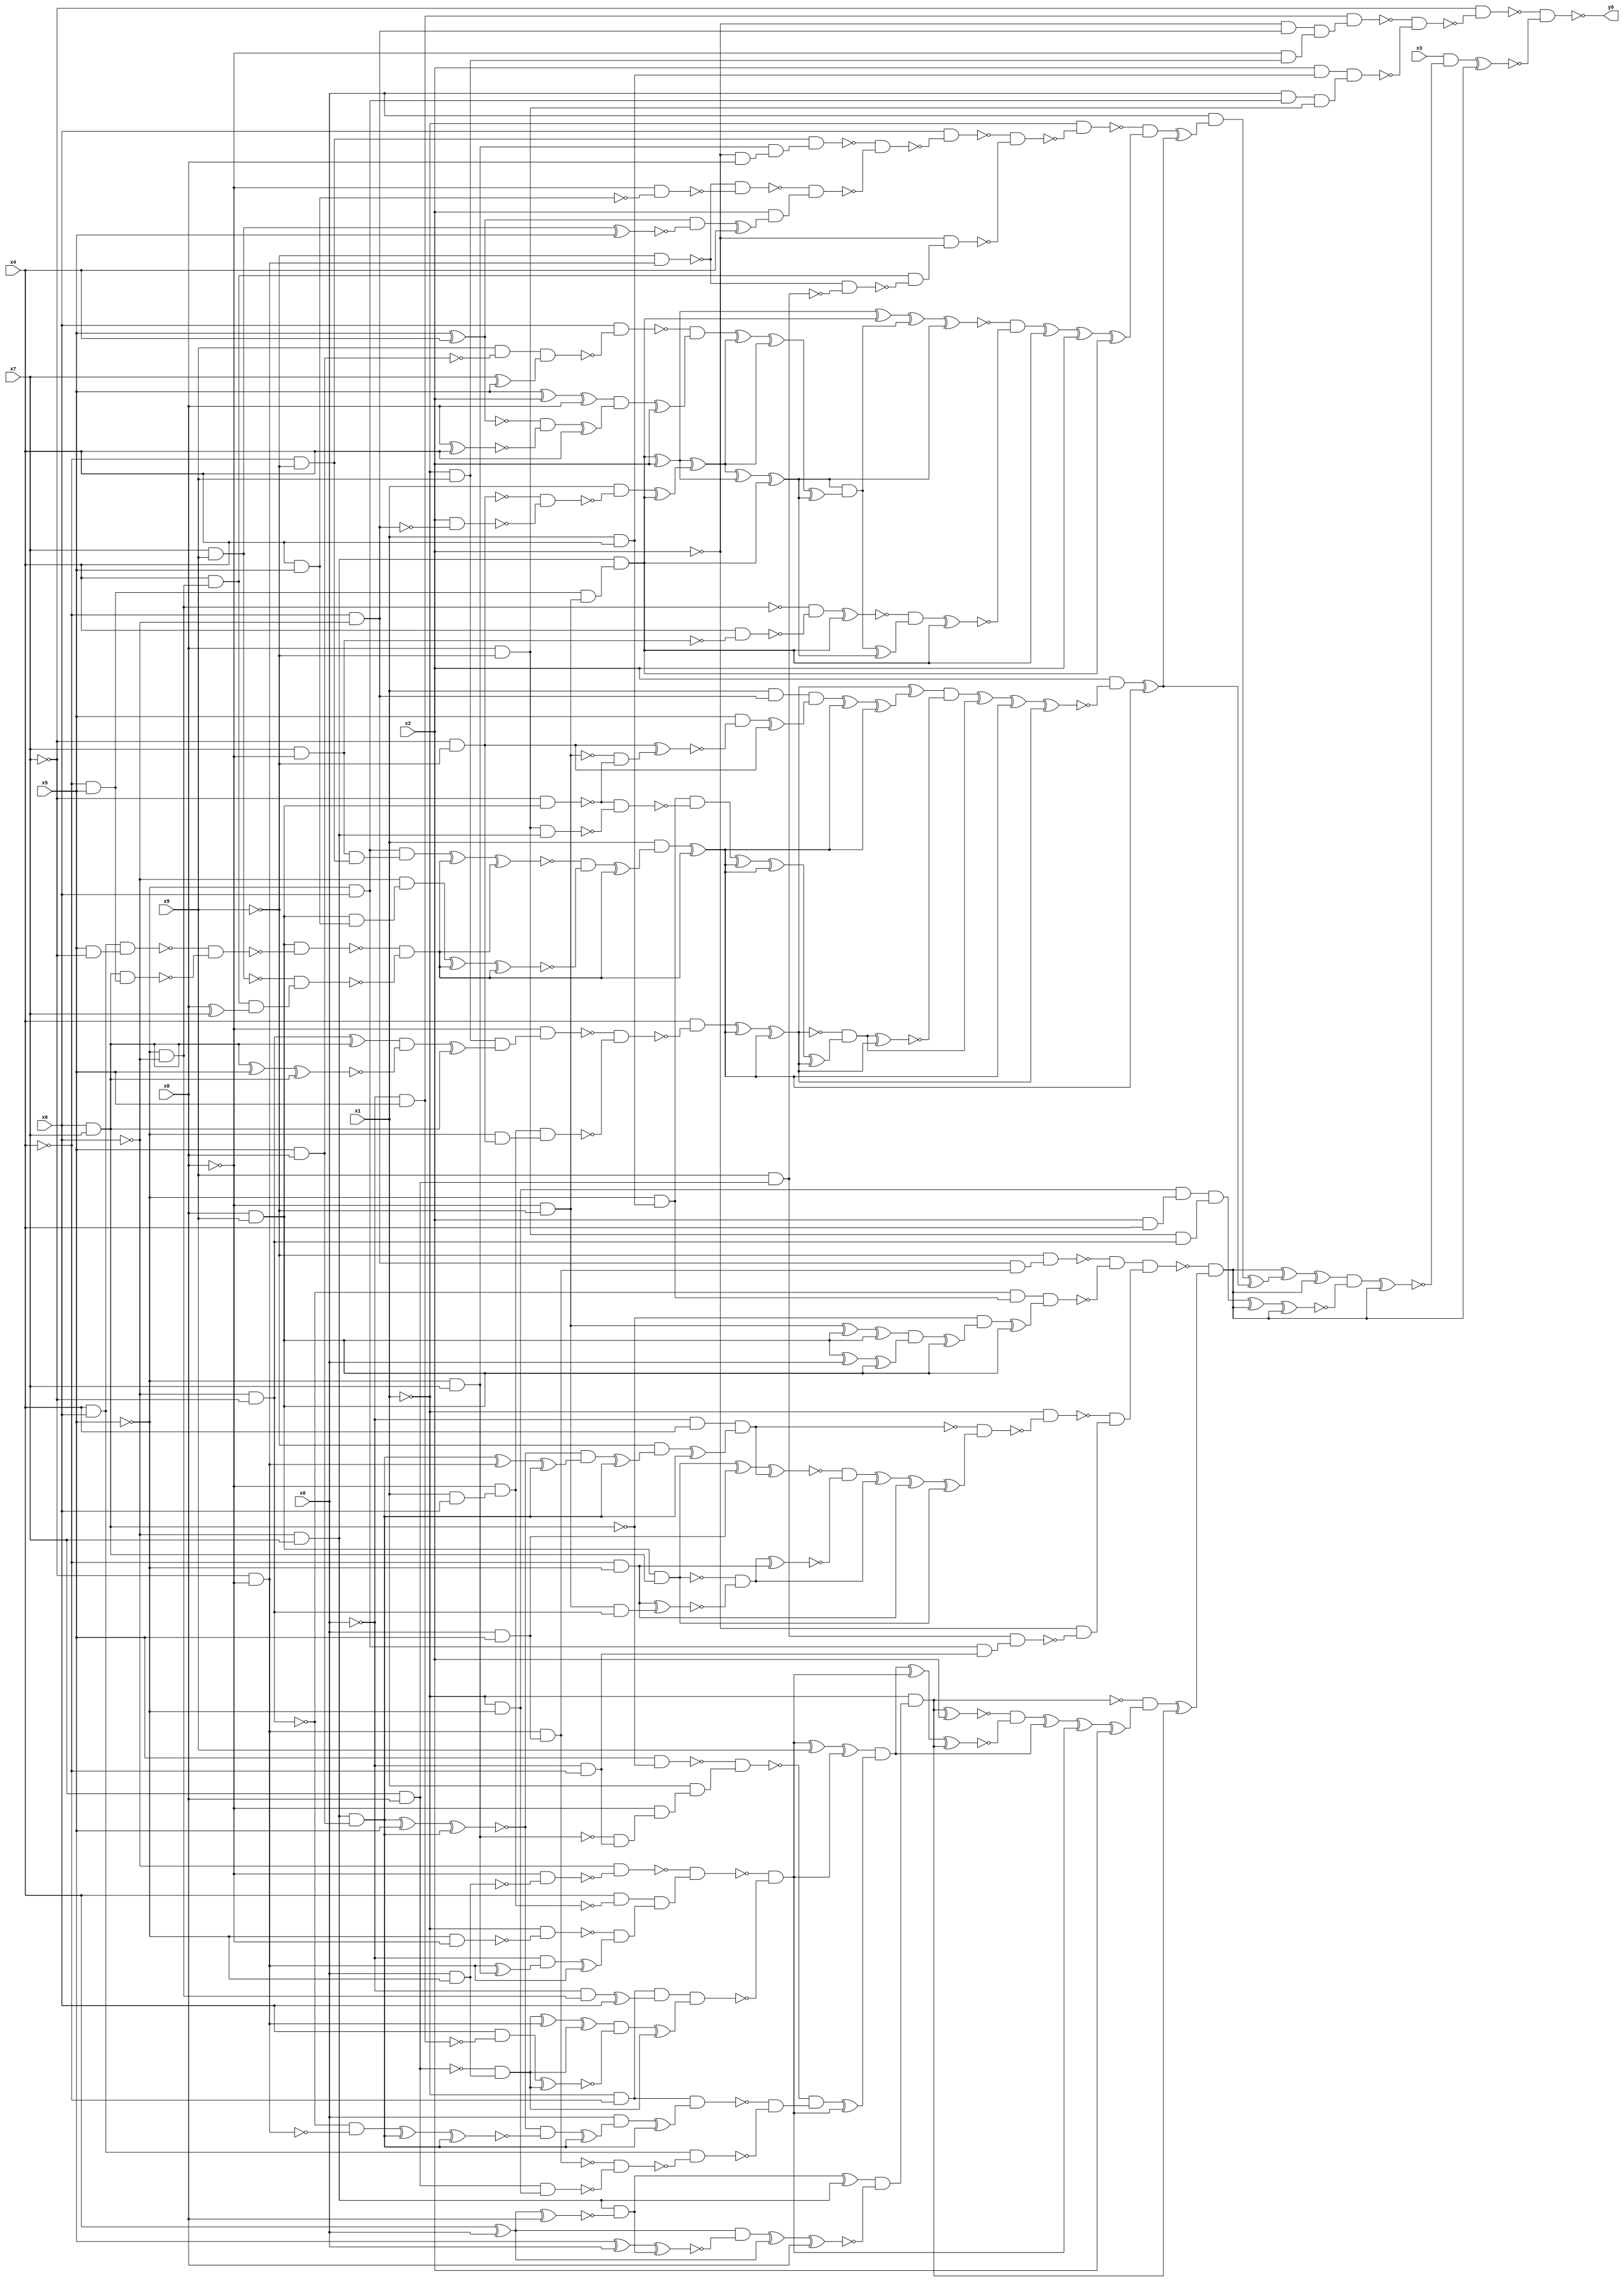
module top( x0 , x1 , x2 , x3 , x4 , x5 , x6 , x7 , x8 , x9 , y0 );
  input x0 , x1 , x2 , x3 , x4 , x5 , x6 , x7 , x8 , x9 ;
  output y0 ;
  wire n11 , n12 , n13 , n14 , n15 , n16 , n17 , n18 , n19 , n20 , n21 , n22 , n23 , n24 , n25 , n26 , n27 , n28 , n29 , n30 , n31 , n32 , n33 , n34 , n35 , n36 , n37 , n38 , n39 , n40 , n41 , n42 , n43 , n44 , n45 , n46 , n47 , n48 , n49 , n50 , n51 , n52 , n53 , n54 , n55 , n56 , n57 , n58 , n59 , n60 , n61 , n62 , n63 , n64 , n65 , n66 , n67 , n68 , n69 , n70 , n71 , n72 , n73 , n74 , n75 , n76 , n77 , n78 , n79 , n80 , n81 , n82 , n83 , n84 , n85 , n86 , n87 , n88 , n89 , n90 , n91 , n92 , n93 , n94 , n95 , n96 , n97 , n98 , n99 , n100 , n101 , n102 , n103 , n104 , n105 , n106 , n107 , n108 , n109 , n110 , n111 , n112 , n113 , n114 , n115 , n116 , n117 , n118 , n119 , n120 , n121 , n122 , n123 , n124 , n125 , n126 , n127 , n128 , n129 , n130 , n131 , n132 , n133 , n134 , n135 , n136 , n137 , n138 , n139 , n140 , n141 , n142 , n143 , n144 , n145 , n146 , n147 , n148 , n149 , n150 , n151 , n152 , n153 , n154 , n155 , n156 , n157 , n158 , n159 , n160 , n161 , n162 , n163 , n164 , n165 , n166 , n167 , n168 , n169 , n170 , n171 , n172 , n173 , n174 , n175 , n176 , n177 , n178 , n179 , n180 , n181 , n182 , n183 , n184 , n185 , n186 , n187 , n188 , n189 , n190 , n191 , n192 , n193 , n194 , n195 , n196 , n197 , n198 , n199 , n200 , n201 , n202 , n203 , n204 , n205 , n206 , n207 , n208 , n209 , n210 , n211 , n212 , n213 , n214 , n215 , n216 , n217 , n218 , n219 , n220 , n221 , n222 , n223 , n224 , n225 , n226 , n227 , n228 , n229 , n230 , n231 , n232 , n233 , n234 , n235 , n236 , n237 , n238 , n239 , n240 , n241 , n242 , n243 , n244 , n245 , n246 , n247 , n248 , n249 , n250 , n251 , n252 , n253 , n254 , n255 , n256 , n257 , n258 , n259 , n260 , n261 , n262 , n263 , n264 , n265 , n266 , n267 , n268 , n269 , n270 , n271 , n272 , n273 , n274 , n275 , n276 , n277 , n278 , n279 , n280 , n281 , n282 , n283 , n284 , n285 , n286 , n287 , n288 , n289 , n290 , n291 , n292 , n293 , n294 , n295 , n296 ;
  assign n11 = ~x0 & x5 ;
  assign n12 = ~x4 & ~x6 ;
  assign n13 = ~x2 & n12 ;
  assign n14 = ~x1 & x9 ;
  assign n15 = ~x8 & n14 ;
  assign n16 = n13 & n15 ;
  assign n17 = n11 & n16 ;
  assign n18 = x1 & x4 ;
  assign n19 = x2 & n18 ;
  assign n20 = ~x5 & x6 ;
  assign n21 = x0 & n20 ;
  assign n22 = x8 & ~x9 ;
  assign n23 = n21 & n22 ;
  assign n24 = n19 & n23 ;
  assign n25 = ~n17 & ~n24 ;
  assign n26 = ~x7 & ~n25 ;
  assign n106 = ~x7 & ~x8 ;
  assign n169 = x0 & x5 ;
  assign n170 = n106 & n169 ;
  assign n171 = n12 & n170 ;
  assign n172 = ~x9 & n171 ;
  assign n69 = ~x6 & ~x7 ;
  assign n86 = ~x5 & n18 ;
  assign n173 = ~n69 & n86 ;
  assign n31 = x6 & x7 ;
  assign n59 = ~x8 & ~x9 ;
  assign n27 = x8 & x9 ;
  assign n174 = n59 ^ n27 ;
  assign n175 = n174 ^ n27 ;
  assign n176 = n27 ^ x0 ;
  assign n177 = n176 ^ n27 ;
  assign n178 = n175 & n177 ;
  assign n179 = n178 ^ n27 ;
  assign n180 = ~n31 & n179 ;
  assign n181 = n180 ^ n27 ;
  assign n182 = n173 & n181 ;
  assign n183 = ~n172 & ~n182 ;
  assign n184 = ~x0 & x4 ;
  assign n87 = ~x6 & x7 ;
  assign n135 = x5 & x8 ;
  assign n185 = n87 & n135 ;
  assign n186 = n185 ^ x5 ;
  assign n187 = n186 ^ n185 ;
  assign n188 = n185 ^ n106 ;
  assign n189 = n188 ^ n185 ;
  assign n190 = ~n187 & n189 ;
  assign n191 = n190 ^ n185 ;
  assign n192 = ~x9 & n191 ;
  assign n193 = n192 ^ n185 ;
  assign n194 = n184 & n193 ;
  assign n195 = n27 & n31 ;
  assign n196 = n195 ^ n169 ;
  assign n197 = n196 ^ n194 ;
  assign n199 = ~x4 & ~x5 ;
  assign n198 = n59 & n69 ;
  assign n200 = n199 ^ n198 ;
  assign n201 = ~n195 & ~n200 ;
  assign n202 = n201 ^ n199 ;
  assign n203 = ~n197 & ~n202 ;
  assign n204 = n203 ^ n201 ;
  assign n205 = n204 ^ n199 ;
  assign n206 = n205 ^ n195 ;
  assign n207 = ~n194 & n206 ;
  assign n208 = ~x1 & ~n207 ;
  assign n118 = x7 & x8 ;
  assign n119 = x9 & n118 ;
  assign n209 = ~x0 & ~x4 ;
  assign n210 = n20 & n209 ;
  assign n211 = n119 & n210 ;
  assign n212 = ~x2 & ~n211 ;
  assign n213 = ~n208 & n212 ;
  assign n214 = n183 & n213 ;
  assign n215 = x4 ^ x0 ;
  assign n216 = n215 ^ x8 ;
  assign n217 = n87 & ~n216 ;
  assign n218 = n217 ^ n87 ;
  assign n219 = x5 ^ x0 ;
  assign n220 = n219 ^ n217 ;
  assign n221 = n215 & ~n220 ;
  assign n222 = n221 ^ n215 ;
  assign n223 = n222 ^ x8 ;
  assign n224 = n218 & ~n223 ;
  assign n225 = ~x1 & n224 ;
  assign n226 = n225 ^ x2 ;
  assign n227 = x0 & ~x5 ;
  assign n228 = ~x8 & ~n227 ;
  assign n229 = ~x6 & ~n228 ;
  assign n77 = x1 & x6 ;
  assign n78 = ~x8 & n77 ;
  assign n230 = x4 & ~n78 ;
  assign n231 = ~x5 & ~x8 ;
  assign n232 = ~x1 & ~n231 ;
  assign n102 = ~x5 & x7 ;
  assign n233 = n106 ^ n102 ;
  assign n234 = ~x0 & n233 ;
  assign n235 = n234 ^ n106 ;
  assign n236 = ~n232 & n235 ;
  assign n237 = n230 & n236 ;
  assign n238 = ~n229 & n237 ;
  assign n239 = ~x1 & ~x4 ;
  assign n37 = ~x5 & ~x6 ;
  assign n240 = ~x0 & n37 ;
  assign n241 = n240 ^ x6 ;
  assign n242 = n239 & n241 ;
  assign n243 = ~n118 & n227 ;
  assign n244 = n243 ^ n106 ;
  assign n245 = n244 ^ n243 ;
  assign n246 = x6 & ~n11 ;
  assign n247 = n246 ^ n243 ;
  assign n248 = n245 & ~n247 ;
  assign n249 = n248 ^ n243 ;
  assign n250 = n242 & n249 ;
  assign n251 = ~n238 & ~n250 ;
  assign n252 = n251 ^ x9 ;
  assign n253 = n252 ^ n251 ;
  assign n254 = x5 & ~n31 ;
  assign n255 = ~n102 & n209 ;
  assign n256 = ~x8 & n255 ;
  assign n257 = x1 & n256 ;
  assign n258 = ~n254 & n257 ;
  assign n259 = ~n69 & ~n106 ;
  assign n260 = n259 ^ n185 ;
  assign n261 = n260 ^ n185 ;
  assign n262 = ~n187 & ~n261 ;
  assign n263 = n262 ^ n185 ;
  assign n264 = x0 & n263 ;
  assign n265 = n264 ^ n185 ;
  assign n266 = n239 & n265 ;
  assign n28 = x4 & x6 ;
  assign n267 = ~x1 & ~x5 ;
  assign n268 = n118 & n267 ;
  assign n269 = ~n170 & ~n268 ;
  assign n270 = n28 & ~n269 ;
  assign n271 = ~n266 & ~n270 ;
  assign n272 = ~n258 & n271 ;
  assign n273 = n272 ^ n251 ;
  assign n274 = n253 & n273 ;
  assign n275 = n274 ^ n251 ;
  assign n276 = n275 ^ n225 ;
  assign n277 = ~n226 & ~n276 ;
  assign n278 = n277 ^ n274 ;
  assign n279 = n278 ^ n251 ;
  assign n280 = n279 ^ x2 ;
  assign n281 = ~n225 & n280 ;
  assign n282 = n281 ^ n225 ;
  assign n283 = ~n214 & n282 ;
  assign n44 = ~x4 & ~x9 ;
  assign n103 = ~x2 & x8 ;
  assign n104 = n102 & n103 ;
  assign n105 = n44 & n104 ;
  assign n107 = ~x9 & n106 ;
  assign n49 = x4 & x5 ;
  assign n108 = ~x8 & ~n49 ;
  assign n109 = ~n107 & ~n108 ;
  assign n110 = x5 ^ x4 ;
  assign n36 = x7 & x9 ;
  assign n111 = n36 ^ x5 ;
  assign n112 = n110 & ~n111 ;
  assign n113 = n112 ^ x4 ;
  assign n114 = x2 & n113 ;
  assign n115 = ~n109 & n114 ;
  assign n116 = ~n105 & ~n115 ;
  assign n117 = x6 & ~n116 ;
  assign n38 = x4 & n37 ;
  assign n120 = ~n107 & ~n119 ;
  assign n121 = n38 & ~n120 ;
  assign n122 = ~x2 & n121 ;
  assign n123 = ~n117 & ~n122 ;
  assign n124 = ~x1 & ~n123 ;
  assign n32 = ~x4 & x5 ;
  assign n125 = n32 & n59 ;
  assign n126 = n87 & n125 ;
  assign n131 = n126 ^ x2 ;
  assign n152 = n131 ^ n126 ;
  assign n62 = ~x7 & ~x9 ;
  assign n127 = x2 & ~n12 ;
  assign n128 = ~n62 & ~n127 ;
  assign n129 = x1 & ~n128 ;
  assign n130 = n129 ^ n126 ;
  assign n132 = n131 ^ n130 ;
  assign n133 = n132 ^ n131 ;
  assign n134 = n133 ^ n126 ;
  assign n136 = x9 & ~n135 ;
  assign n137 = x7 ^ x5 ;
  assign n138 = n136 & n137 ;
  assign n139 = x6 & ~n138 ;
  assign n140 = x5 ^ x2 ;
  assign n141 = n140 ^ x8 ;
  assign n142 = x8 ^ x4 ;
  assign n143 = ~n110 & ~n142 ;
  assign n144 = n143 ^ x4 ;
  assign n145 = n141 & n144 ;
  assign n146 = n145 ^ x2 ;
  assign n147 = ~n139 & n146 ;
  assign n148 = n147 ^ n132 ;
  assign n149 = n148 ^ n132 ;
  assign n150 = n149 ^ n134 ;
  assign n151 = n134 & n150 ;
  assign n153 = n152 ^ n151 ;
  assign n154 = n153 ^ n134 ;
  assign n43 = x7 & ~x8 ;
  assign n155 = x4 & ~n43 ;
  assign n156 = ~n37 & ~n155 ;
  assign n157 = n156 ^ n126 ;
  assign n158 = n151 ^ n134 ;
  assign n159 = ~n157 & n158 ;
  assign n160 = n159 ^ n126 ;
  assign n161 = ~n154 & ~n160 ;
  assign n162 = n161 ^ n126 ;
  assign n163 = n162 ^ x2 ;
  assign n164 = n163 ^ n126 ;
  assign n165 = ~n124 & n164 ;
  assign n70 = n69 ^ n31 ;
  assign n71 = n31 ^ x5 ;
  assign n72 = n71 ^ n31 ;
  assign n73 = n70 & ~n72 ;
  assign n74 = n73 ^ n31 ;
  assign n75 = n14 & n74 ;
  assign n76 = ~x8 & n75 ;
  assign n79 = ~x5 & n62 ;
  assign n80 = n78 & n79 ;
  assign n81 = ~n76 & ~n80 ;
  assign n82 = x4 & ~n81 ;
  assign n45 = n43 & n44 ;
  assign n46 = n20 & n45 ;
  assign n29 = x5 & ~x7 ;
  assign n30 = n28 & n29 ;
  assign n33 = n31 & n32 ;
  assign n34 = ~n30 & ~n33 ;
  assign n35 = n27 & ~n34 ;
  assign n39 = x8 ^ x7 ;
  assign n40 = n38 & n39 ;
  assign n41 = ~n36 & n40 ;
  assign n42 = ~n35 & ~n41 ;
  assign n47 = n46 ^ n42 ;
  assign n48 = n47 ^ n42 ;
  assign n50 = n27 & n49 ;
  assign n51 = ~x6 & n50 ;
  assign n52 = n51 ^ n42 ;
  assign n53 = n52 ^ n42 ;
  assign n54 = ~n48 & ~n53 ;
  assign n55 = n54 ^ n42 ;
  assign n56 = x1 & n55 ;
  assign n57 = n56 ^ n42 ;
  assign n83 = n82 ^ n57 ;
  assign n84 = n83 ^ n57 ;
  assign n58 = x1 & n12 ;
  assign n60 = ~x7 & n27 ;
  assign n61 = ~n59 & ~n60 ;
  assign n63 = n62 ^ n61 ;
  assign n64 = x5 & ~n63 ;
  assign n65 = n64 ^ n62 ;
  assign n66 = n58 & n65 ;
  assign n67 = n66 ^ n57 ;
  assign n68 = n67 ^ n57 ;
  assign n85 = n84 ^ n68 ;
  assign n88 = n22 & n87 ;
  assign n89 = ~n60 & ~n88 ;
  assign n90 = n86 & ~n89 ;
  assign n91 = n90 ^ n57 ;
  assign n92 = n91 ^ n57 ;
  assign n93 = n92 ^ n84 ;
  assign n94 = ~n84 & n93 ;
  assign n95 = n94 ^ n84 ;
  assign n96 = n85 & ~n95 ;
  assign n97 = n96 ^ n94 ;
  assign n98 = n97 ^ n57 ;
  assign n99 = n98 ^ n84 ;
  assign n100 = x2 & ~n99 ;
  assign n101 = n100 ^ n57 ;
  assign n166 = n165 ^ n101 ;
  assign n167 = x0 & n166 ;
  assign n168 = n167 ^ n101 ;
  assign n284 = n283 ^ n168 ;
  assign n285 = n284 ^ n283 ;
  assign n286 = x2 & x4 ;
  assign n287 = n267 & n286 ;
  assign n288 = n22 & n69 ;
  assign n289 = n287 & n288 ;
  assign n290 = n289 ^ n283 ;
  assign n291 = n290 ^ n283 ;
  assign n292 = n285 & ~n291 ;
  assign n293 = n292 ^ n283 ;
  assign n294 = x3 & ~n293 ;
  assign n295 = n294 ^ n283 ;
  assign n296 = ~n26 & ~n295 ;
  assign y0 = ~n296 ;
endmodule